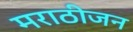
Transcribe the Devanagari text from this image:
मराठीजन